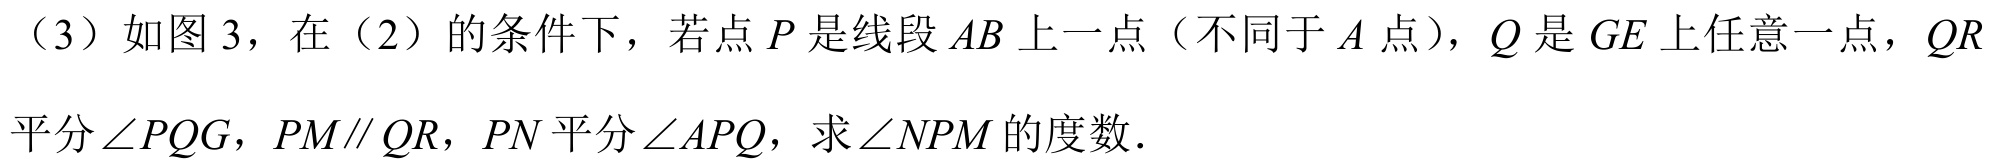
（3）如图3，在（2）的条件下，若点\(P\)是线段\(AB\)上一点（不同于\(A\)点），\(Q\)是\(GE\)上任意一点，\(QR\)
平分\(\angle PQG\)，\(PM\parallel QR\)，\(PN\)平分\(\angle APQ\)，求\(\angle NPM\)的度数.